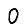
Digit: 0